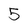
Character: 5